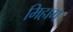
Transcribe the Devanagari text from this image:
मिहाग